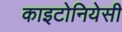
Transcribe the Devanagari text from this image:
काइटोनियेसी